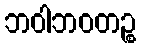
ဘဝါဘဝတဉ္စ